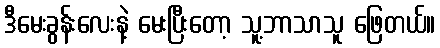
ဒီမေးခွန်းလေးနဲ့ မေးပြီးတော့ သူ့ဘာသာသူ ဖြေတယ်။